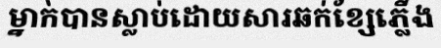
ម្នាក់បានស្លាប់ដោយសារឆក់ខ្សែភ្លើង